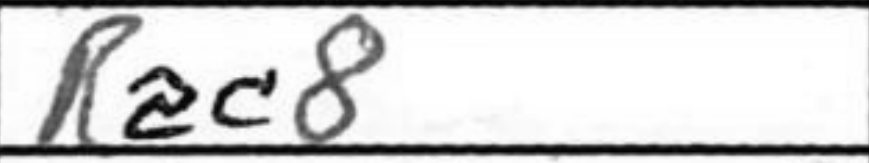
Transcription: Rac8